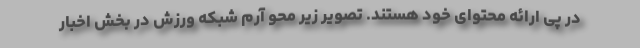
در پی ارائه محتوای خود هستند. تصویر زیر محو آرم شبکه ورزش در بخش اخبار